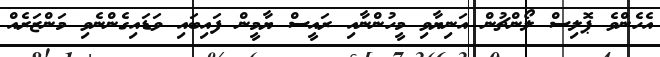
އެހެންވެ ޕޮލިސް ލޯންޗުން އަނިޔާވި މީހުންނާއި ރައީސް ޔާމީން ފައިބައި ވަޑައިގެންނެވި މަންޒަރެއް